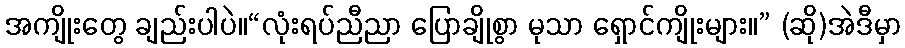
အကျိုးတွေ ချည်းပါပဲ။“လုံးရပ်ညီညာ ပြောချိုစွာ မုသာ ရှောင်ကျိုးများ။” (ဆို)အဲဒီမှာ